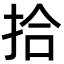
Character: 拾